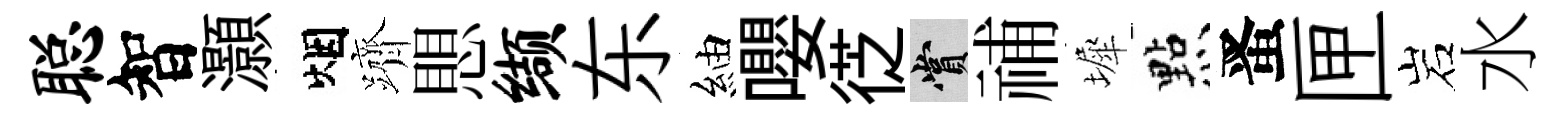
聪智灝烟躋愳缬东紬嚶徔賞𥙷墀㸃󱉠匣岩水